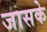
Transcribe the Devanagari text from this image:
जासके